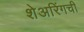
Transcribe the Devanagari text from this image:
शेअरिंगची